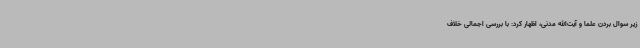
زیر سوال بردن علما و آیت‌الله مدنی، اظهار کرد: با بررسی اجمالی خلاف